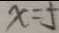
x = 5